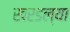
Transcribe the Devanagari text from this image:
खरडल्या